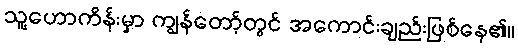
သူ့ဟောကိန်းမှာ ကျွန်တော့်တွင် အကောင်းချည်းဖြစ်နေ၏။